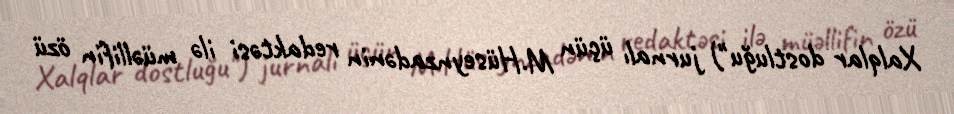
Xalqlar dostluğu") jurnalı üçün M.Hüseynzadənin redaktəsi ilə müəllifin özü